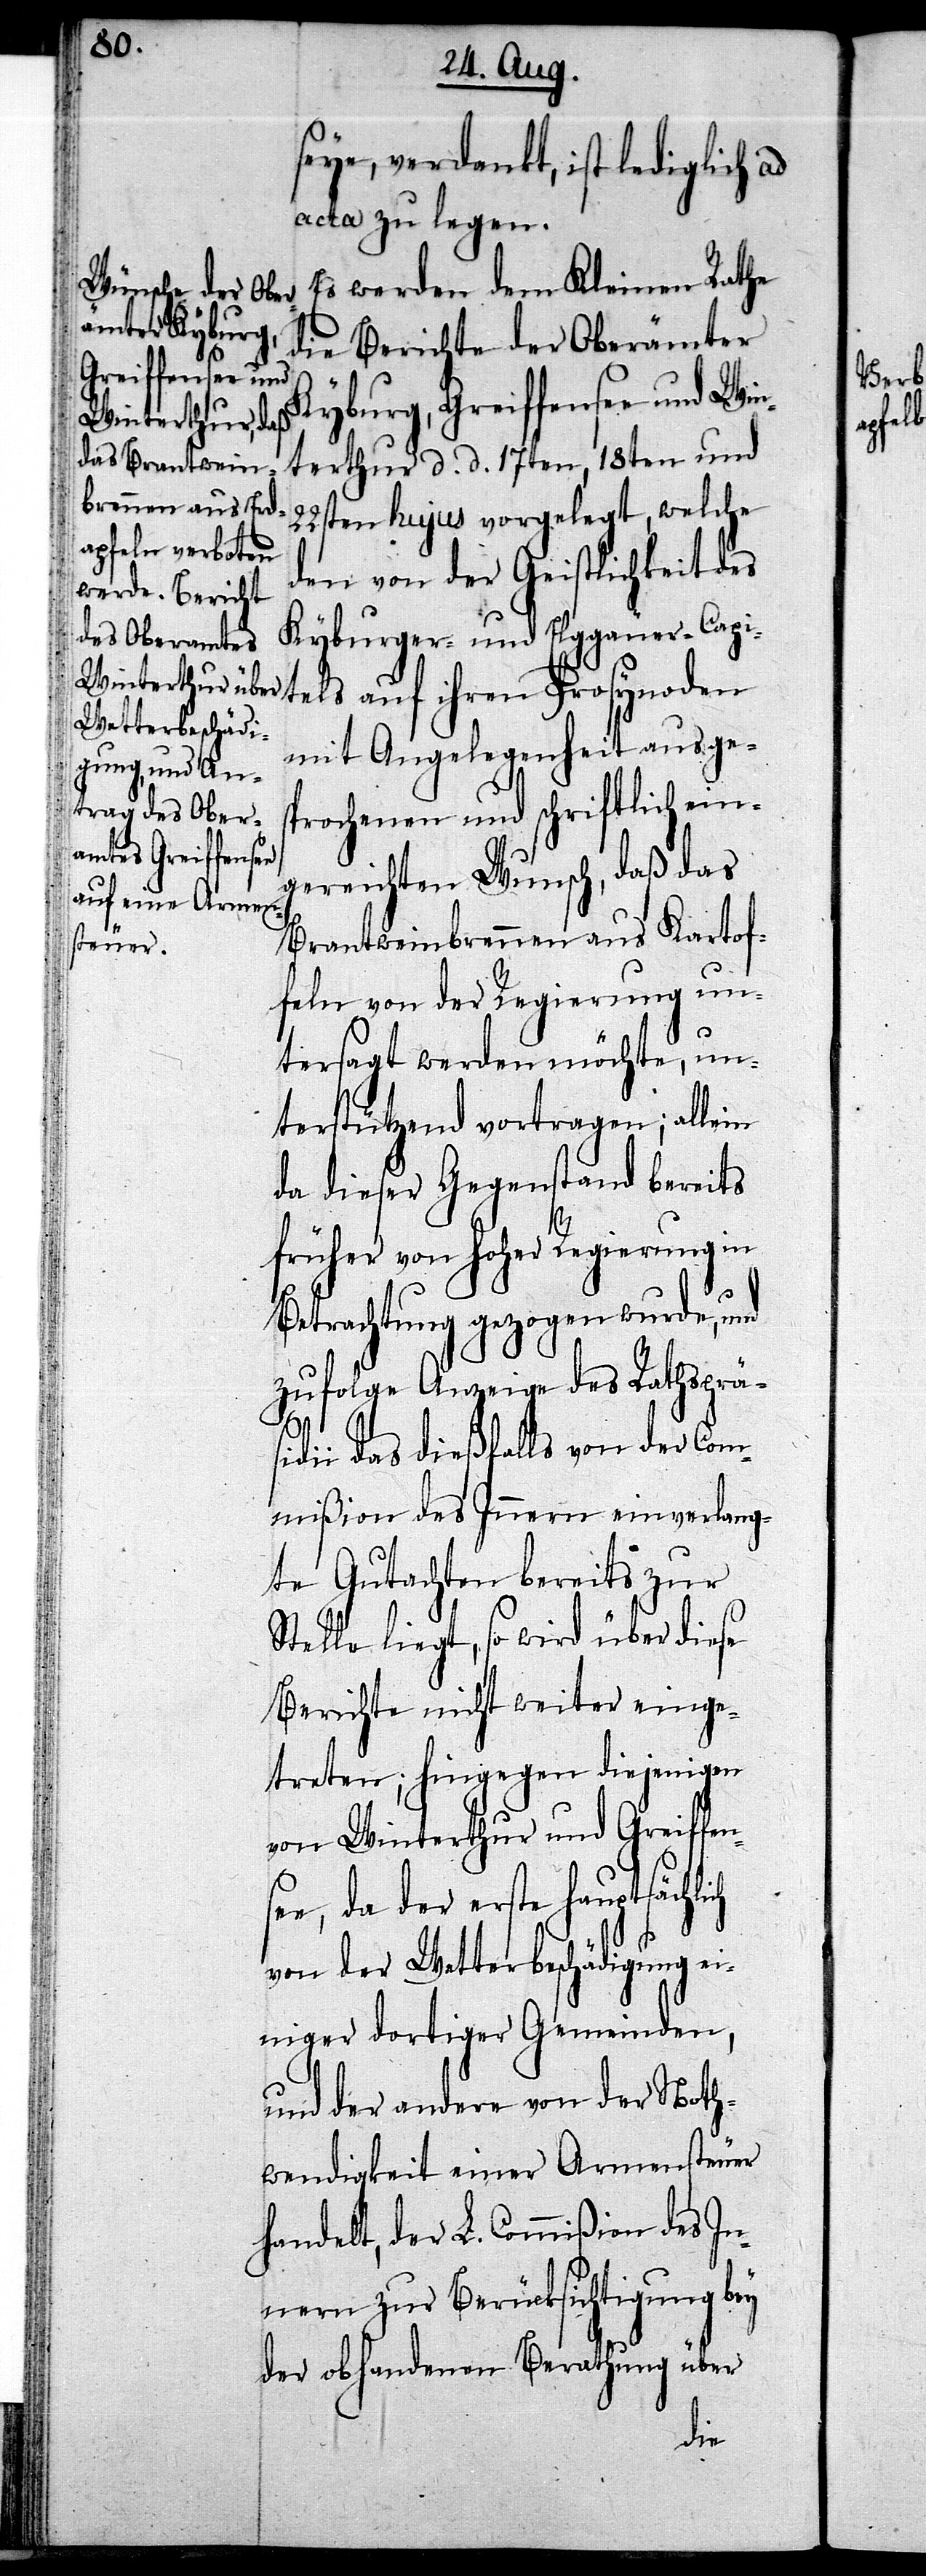
seye, verdankt, ist lediglich ad
acta zu legen.
Es werden dem Kleinen Rathe
die Berichte der Oberämter
Kyburg, Greiffensee und Win¬
terthur d. d. 17ten, 18ten und
22sten hujus vorgelegt, welche
den von der Geistlichkeit des
Kyburger- und Ellggäuer-Capi¬
mit Angelegenheit ausge¬
sprochenen und schriftlich ein¬
gereichten Wunsch, daß das
se¬
Brantweinbrennen aus Kartof¬
feln von der Regierung un¬
tersagt werden möchte, un¬
terstützend vortragen; allein
da dieser Gegenstand bereits
früher von hoher Regierung in
Betrachtung gezogen wurde, und
zufolge Anzeige des Rathsprä¬
sidii das dießfalls von der Com¬
mißion des Innern einverlang¬
te Gutachten bereits zur
Stelle liegt, so wird über diese
Berichte nicht weiter einge¬
treten; hingegen diejenigen
von Winterthur und Greiffen¬
e, da der erste hauptsächlich
von der Wetterbeschädigung ei¬
niger dortiger Gemeinden,
und der andere von der Noth¬
wendigkeit einer Armensteuer
handelt, der L. Commißion des In¬
nern zur Berücksichtigung bey
der obhandenen Berathung über

tels